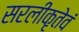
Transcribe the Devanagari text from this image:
सरलीकृतेवं